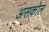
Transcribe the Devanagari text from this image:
असकोल